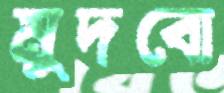
মুদবো